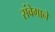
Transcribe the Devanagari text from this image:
संवेगाने